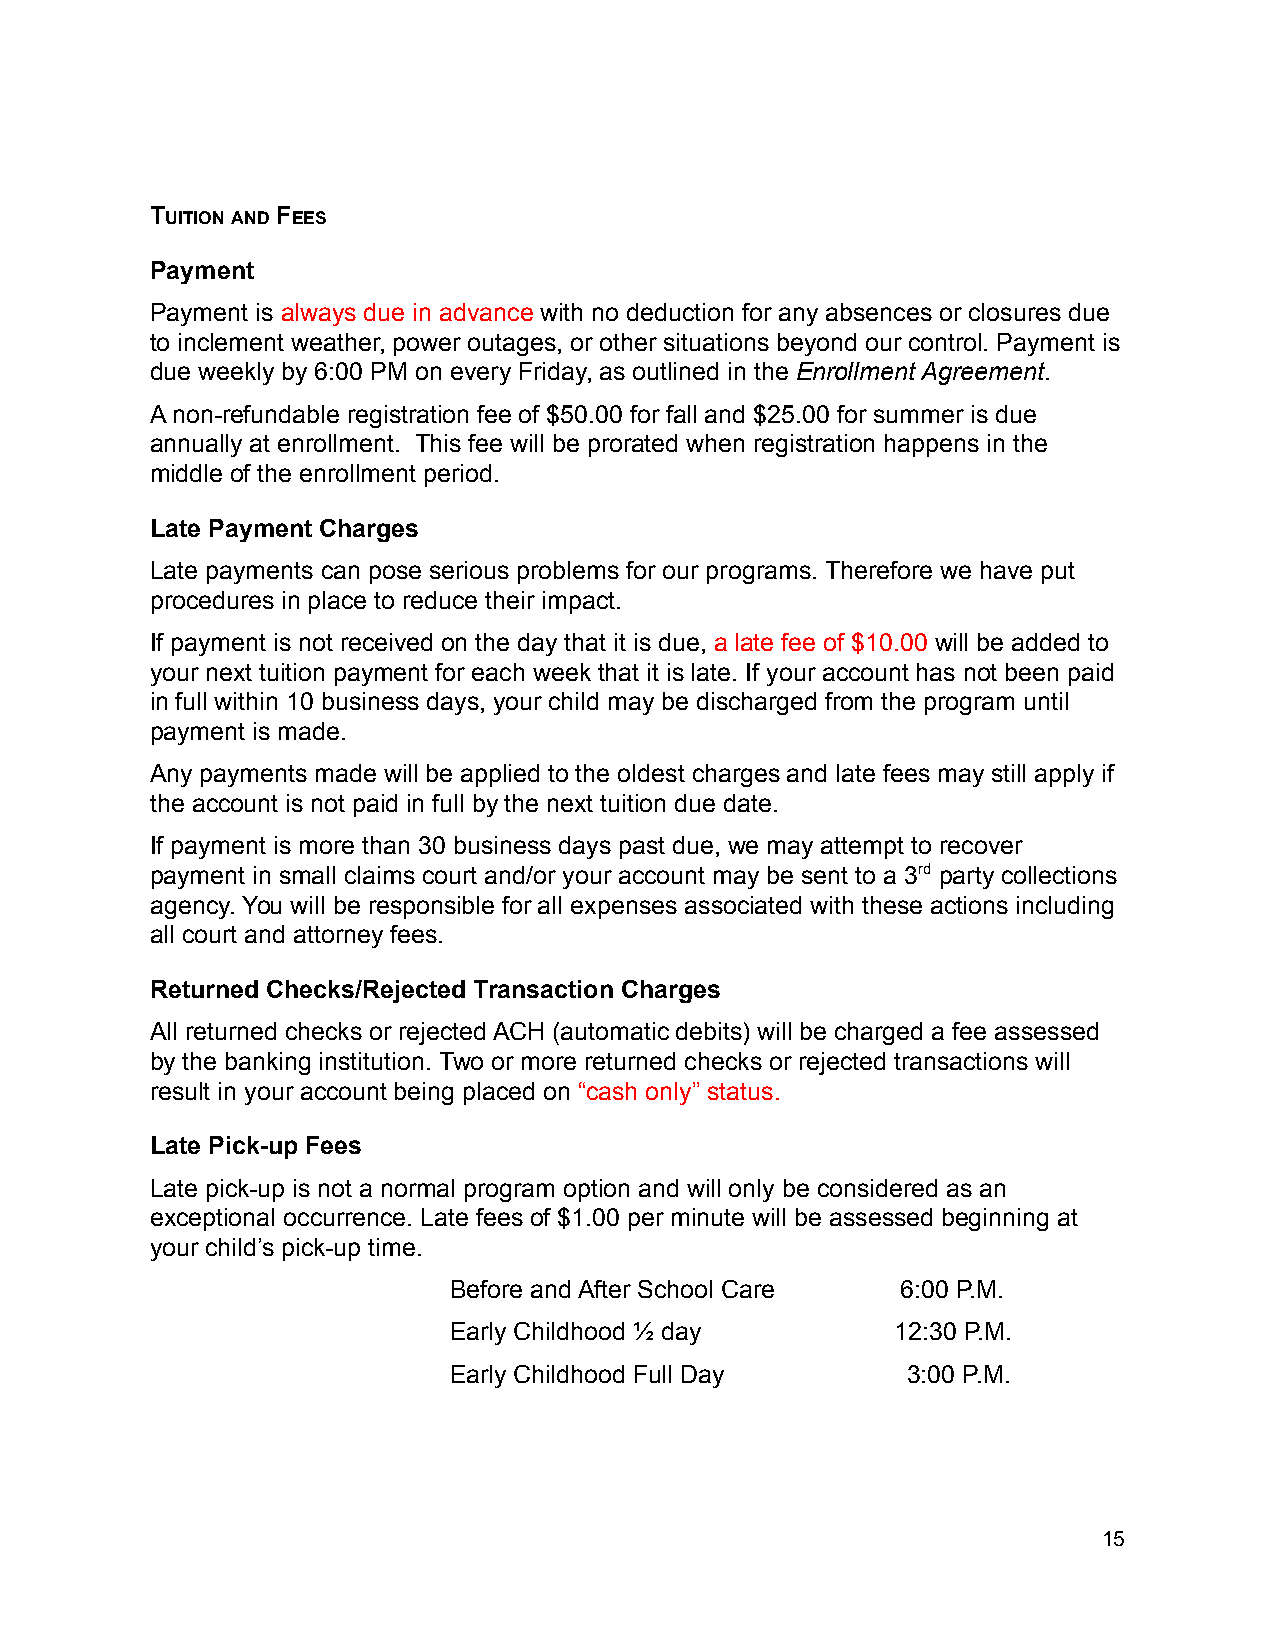
TUITION AND FEES
 Payment
 Payment is always due in advance with no deduction for any absences or closures due
 to inclement weather, power outages, or other situations beyond our control. Payment is
 due weekly by 6:00 PM on every Friday, as outlined in the Enrollment Agreement.
 A non-refundable registration fee of $50.00 for fall and $25.00 for summer is due
 annually at enrollment. This fee will be prorated when registration happens in the
 middle of the enrollment period.
 Late Payment Charges
 Late payments can pose serious problems for our programs. Therefore we have put
 procedures in place to reduce their impact.
 If payment is not received on the day that it is due, a late fee of $10.00 will be added to
 your next tuition payment for each week that it is late. If your account has not been paid
 in full within 10 business days, your child may be discharged from the program until
 payment is made.
 Any payments made will be applied to the oldest charges and late fees may still apply if
 the account is not paid in full by the next tuition due date.
 If payment is more than 30 business days past due, we may attempt to recover
 payment in small claims court and/or your account may be sent to a 3rd party collections
 agency. You will be responsible for all expenses associated with these actions including
 all court and attorney fees.
 Returned Checks/Rejected Transaction Charges
 All returned checks or rejected ACH (automatic debits) will be charged a fee assessed
 by the banking institution. Two or more returned checks or rejected transactions will
 result in your account being placed on “cash only” status.
 Late Pick-up Fees
 Late pick-up is not a normal program option and will only be considered as an
 exceptional occurrence. Late fees of $1.00 per minute will be assessed beginning at
 your child’s pick-up time.
 Before and After School Care  6:00 P.M.
 Early Childhood ½ day        12:30 P.M.
 Early Childhood Full Day      3:00 P.M.
 15